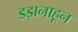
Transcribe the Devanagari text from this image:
डझनाहून